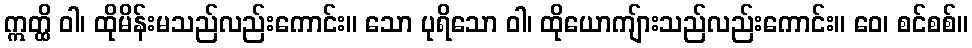
ဣတ္ထိ ဝါ၊ ထိုမိန်းမသည်လည်းကောင်း။ သော ပုရိသော ဝါ၊ ထိုယောကျ်ားသည်လည်းကောင်း။ ဝေ၊ စင်စစ်။